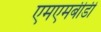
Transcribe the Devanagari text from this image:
एमएमबीडी